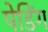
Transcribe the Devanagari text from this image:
पेडिंग